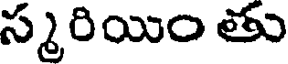
స్మరియిం తు